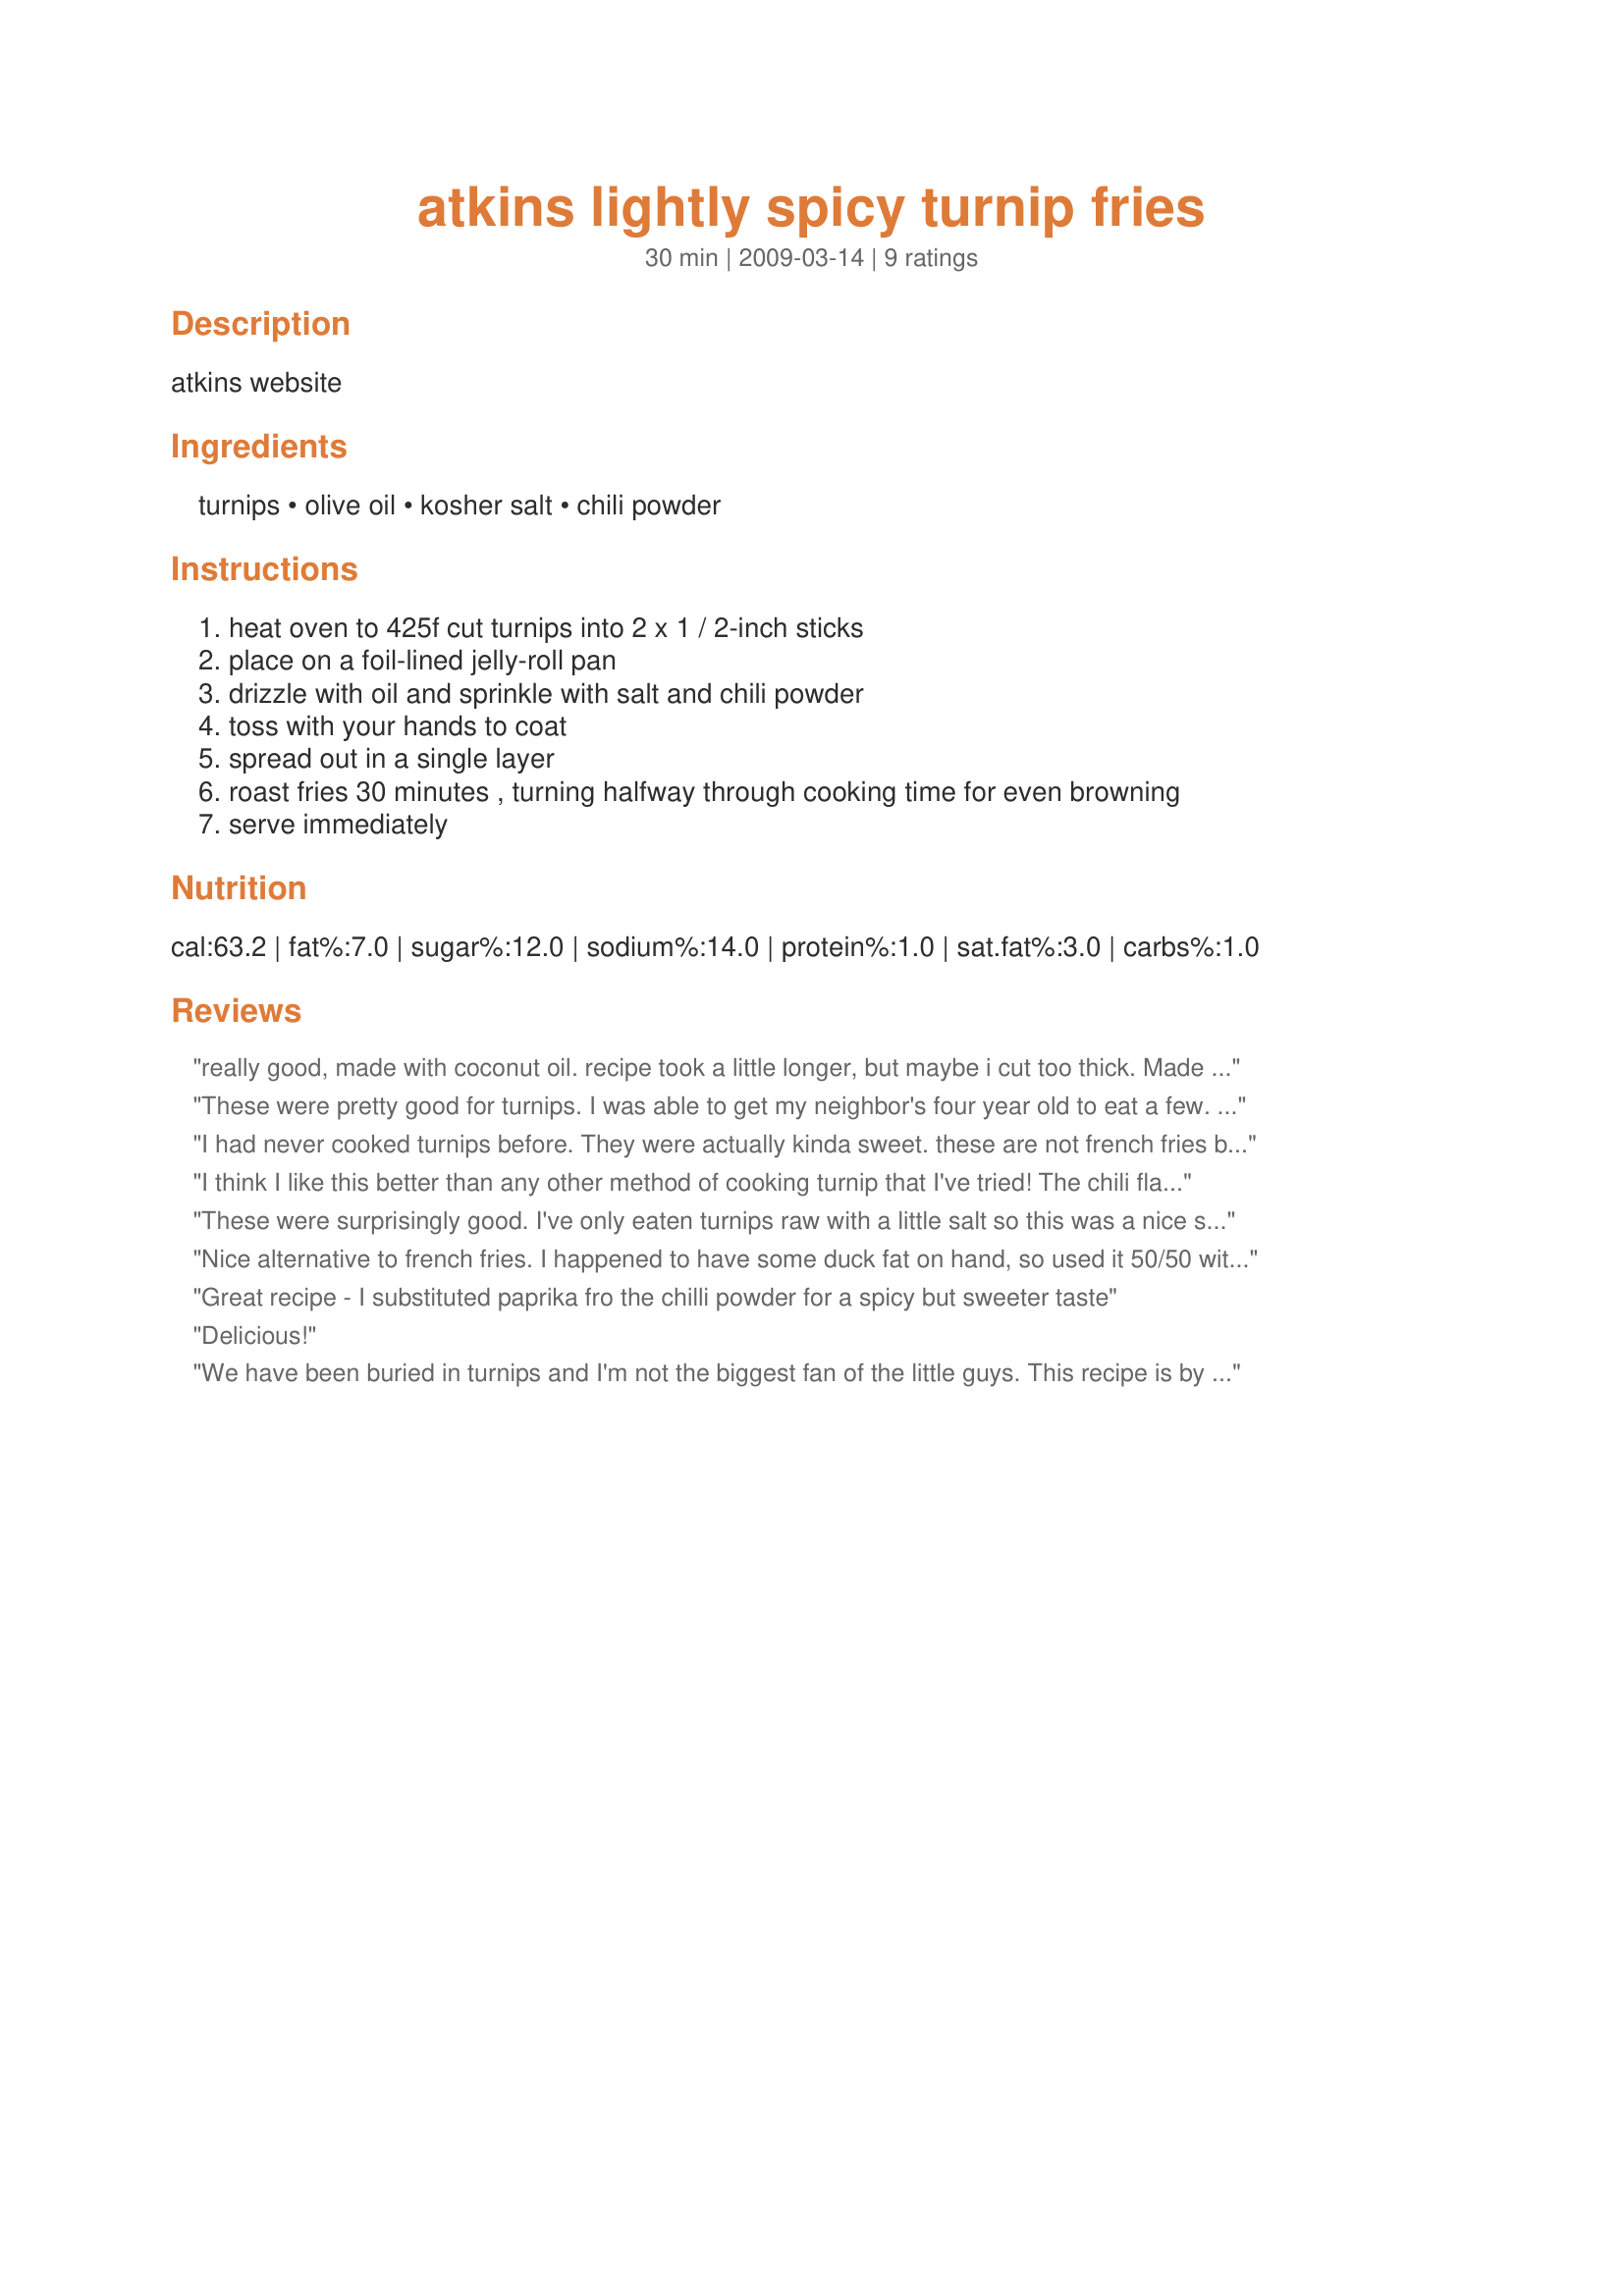
atkins lightly spicy turnip fries
Preparation time: 30 minutes

atkins website

Ingredients:
turnips, olive oil, kosher salt, chili powder

Steps:
heat oven to 425f cut turnips into 2 x 1 / 2-inch sticks, place on a foil-lined jelly-roll pan, drizzle with oil and sprinkle with salt and chili powder, toss with your hands to coat, spread out in a single layer, roast fries 30 minutes , turning halfway through cooking time for even browning, serve immediately

Reviews:
really good, made with coconut oil. recipe took a little longer, but maybe i cut too thick. Made with fried cabbage and pan fried white fish in rice flour. Healthy fish and chip!
These were pretty good for turnips. I was able to get my neighbor's four year old to eat a few. We used ketchup as a dipping sauce but sour cream, cayenne and honey-dijon would have been better.
I had never cooked turnips before. They were actually kinda sweet. these are not french fries but they go well with low carb burgers on cabbage leaf buns. Thanks for the recipie!!!!
I think I like this better than any other method of cooking turnip that I've tried! The chili flavour really complements the turnip especially when served with a bit of sour cream to dip the fries into. Very, very tasty. You are not going to mistake these for french fries, but as a way of cooking turnip it is excellent.
These were surprisingly good. I've only eaten turnips raw with a little salt so this was a nice surprise.
Nice alternative to french fries. I happened to have some duck fat on hand, so used it 50/50 with the olive oil - outstanding.
Great recipe - I substituted paprika fro the chilli powder for a spicy but sweeter taste
Delicious!
We have been buried in turnips and I'm not the biggest fan of the little guys. This recipe is by far the best way we have found to eat them. Thanks so much for sharing!
